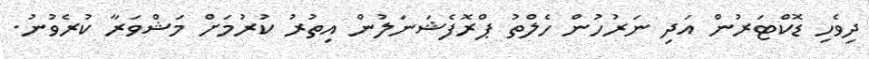
ދިވެހި ޑޮކްޓަރުން އަދި ނަރުހުން ހެލްތު ޕްރޮފެޝަނަލުން އިތުރު ކުރުމަށް މަޝްވަރާ ކުރެވުނު.